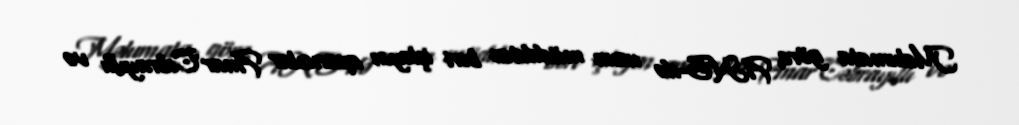
Məlumata görə, ANS-də uzun müddətən bəri işləyən aparıcılar Anar Cəbrayıllı və